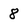
Character: 8